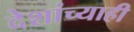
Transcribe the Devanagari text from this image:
देशांच्याही